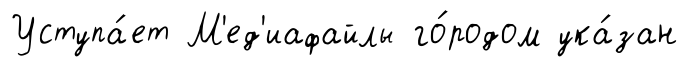
Уступа́ет М'ед'иафайлы го́родом ука́зан